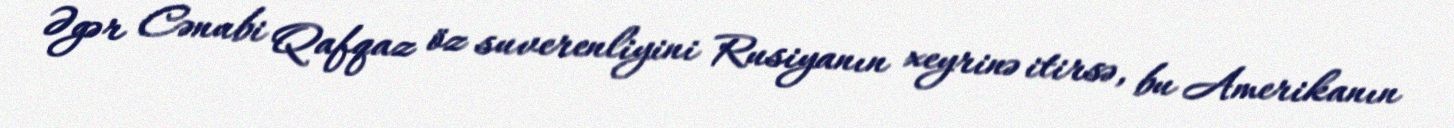
Əgər Cənubi Qafqaz öz suverenliyini Rusiyanın xeyrinə itirsə, bu Amerikanın